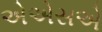
એએસએ